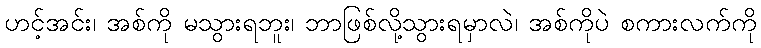
ဟင့်အင်း၊ အစ်ကို မသွားရဘူး၊ ဘာဖြစ်လို့သွားရမှာလဲ၊ အစ်ကိုပဲ စကားလက်ကို